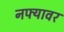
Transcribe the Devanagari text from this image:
नफ्यावर